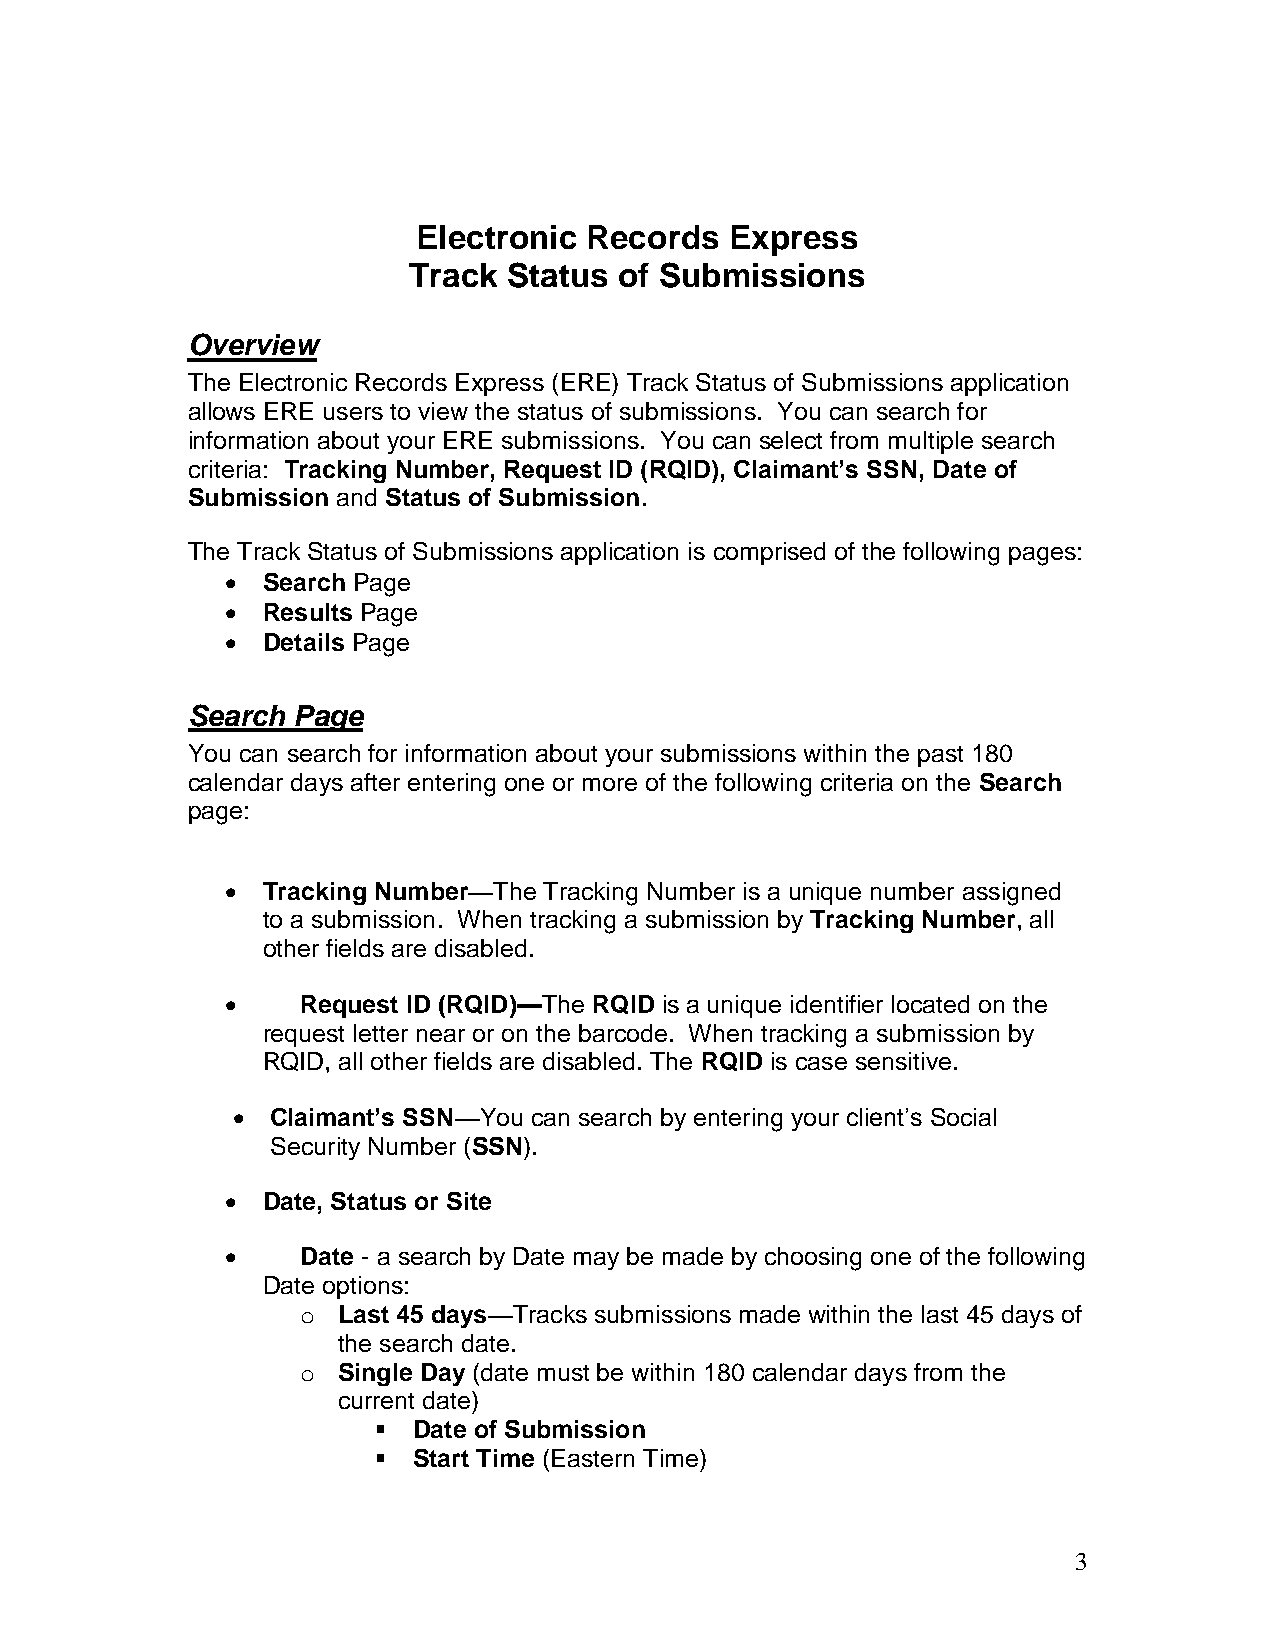
Electronic Records  Express
 Track  Status of Submissions
 Overview
 The Electronic Records Express (ERE) Track Status of Submissions application
 allows ERE users to view the status of submissions. You can search for
 information about your ERE submissions. You can select from multiple search
 criteria: Tracking Number, Request ID (RQID), Claimant’s SSN, Date of
 Submission and Status of Submission.
 The Track Status of Submissions application is comprised of the following pages:
  Search Page
  Results Page
  Details Page
 Search Page
 You can search for information about your submissions within the past 180
 calendar days after entering one or more of the following criteria on the Search
 page:
  Tracking Number—The Tracking Number is a unique number assigned
 to a submission. When tracking a submission by Tracking Number, all
 other fields are disabled.
     Request ID (RQID)—The RQID is a unique identifier located on the
 request letter near or on the barcode. When tracking a submission by
 RQID, all other fields are disabled. The RQID is case sensitive.
   Claimant’s SSN—You can search by entering your client’s Social
 Security Number (SSN).
  Date, Status or Site
     Date - a search by Date may be made by choosing one of the following
 Date options:
 o Last 45 days—Tracks submissions made within the last 45 days of
 the search date.
 o Single Day (date must be within 180 calendar days from the
 current date)
  Date of Submission
  Start Time (Eastern Time)
 3